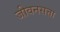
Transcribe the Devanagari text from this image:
जीवनसत्ता